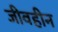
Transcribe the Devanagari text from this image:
जीवहीन